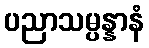
ပညာသမ္ပန္နာနံ